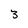
Character: 3